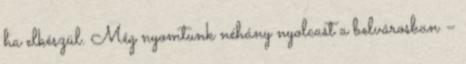
ha elkészül. Még nyomtunk néhány nyolcast a belvárosban –